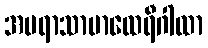
အပရာသာမာထေရီဂါထာ